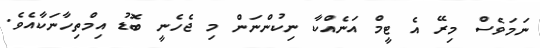
ނަމަވެސް މިރޭ އެ ޓީމް އަނެއްކާ ނިކުންނަން މި ޖެހެނީ ބޮޑު އިމްތިހާނަކާއެެވެ.